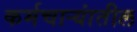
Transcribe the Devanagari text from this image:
कर्मचार्‍यांतील